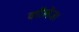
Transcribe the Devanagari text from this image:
कॉलेज।